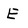
Character: E